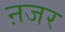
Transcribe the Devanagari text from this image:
ऩजर